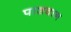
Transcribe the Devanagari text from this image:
पाशवान